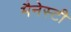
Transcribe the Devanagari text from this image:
मैनेस्टी